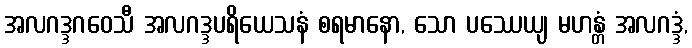
အလဂဒ္ဒဂဝေသီ အလဂဒ္ဒပရိယေသနံ စရမာနော, သော ပဿေယျ မဟန္တံ အလဂဒ္ဒံ,